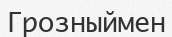
Грозныймен